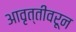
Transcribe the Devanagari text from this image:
आवृत्तीवरून